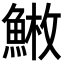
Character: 𩸳